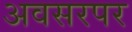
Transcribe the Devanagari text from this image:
अवसरपर